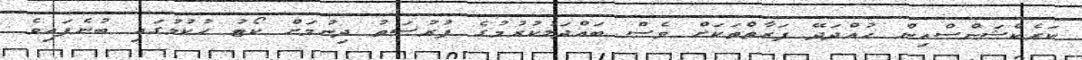
ކަރެކްޝަންސްއިން ހުއްދަދޭ ފަރާތްތަކަށް ވެސް ބައްދަލުކުރުމުގެ ފުރުސަތު ދިނުމަށް ކޯޓު ހުކުމުގައި ބުނެފައިވެ